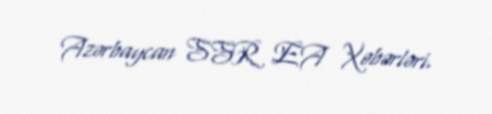
Azərbaycan SSR EA Xəbərləri.